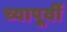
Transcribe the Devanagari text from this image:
च्यापूर्वी